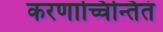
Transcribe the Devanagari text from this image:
करणाच्चिन्तितं